Indian journal of veterinary science and animal husbandry - Volume 6,
Year: 1936
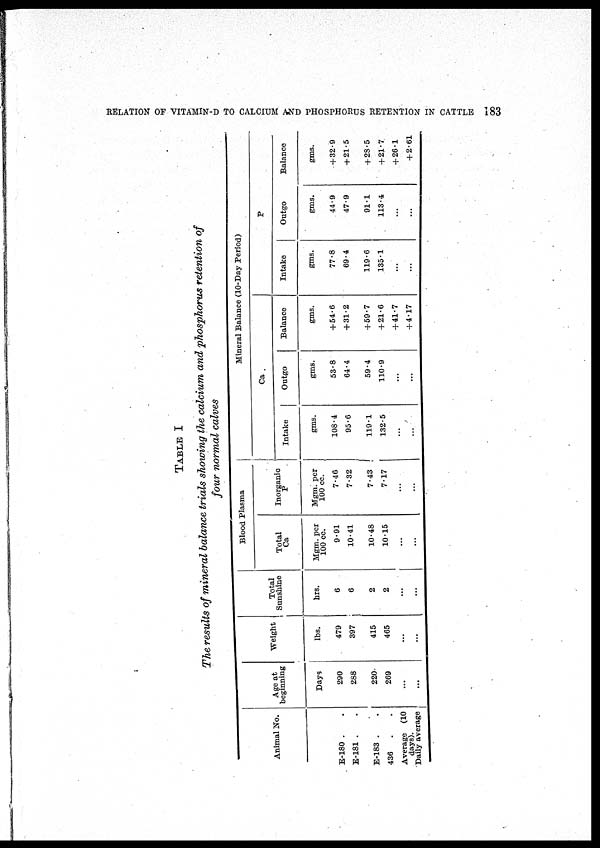
RELATION OF VITAMIN-D TO CALCIUM AND PHOSPHORUS RETENTION IN CATTLE
183
TABLE I
The results of mineral balance trials showing the calcium and phosphorus retention of
four normal calves
Animal No.
E-180 . .
E-181 . .
E-183 . .
436
. .
Average (10
days).
Daily average
Age at
beginning
Days
290
288
220
269
...
...
Weight
lbs.
479
397
415
465
...
...
Total
Sunshine
hrs.
6
6
2
2
...
...
Blood Plasma
Total
Ca
Mgm. per
100 cc.
9.91
10.41
10.48
10.15
...
...
Inorganic
P
Mgm. per
100 cc.
7.46
7.32
7.43
7.17
...
...
Intake
gms.
108.4
95.6
119.1
132.5
...
...
Mineral Balance (10-Day Period)
Ca
Outgo
gms.
53.8
64.4
59.4
110.9
...
...
Balance
gms.
+54.6
+31.2
+ 59.7
+ 21.6
+41.7
+4.17
Intake
gms.
77.8
69.4
119.6
135.1
...
...
P
Outgo
gms.
44.9
47.9
91.1
113.4
...
...
Balance
gms.
+32.9
+21.5
+ 23.5
+ 21.7
+ 26.1
+ 2.61